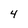
Character: 4